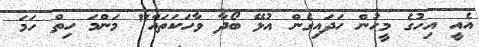
އެއީ އިހުގެ މީހުން ހަދައިގެން އުޅޭ ބޯދާ ވާހަކަތައް" މަންމަ ހިތް ހަމަ